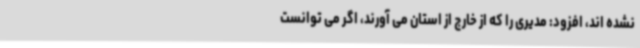
نشده اند، افزود: مدیری را که از خارج از استان می آورند، اگر می توانست